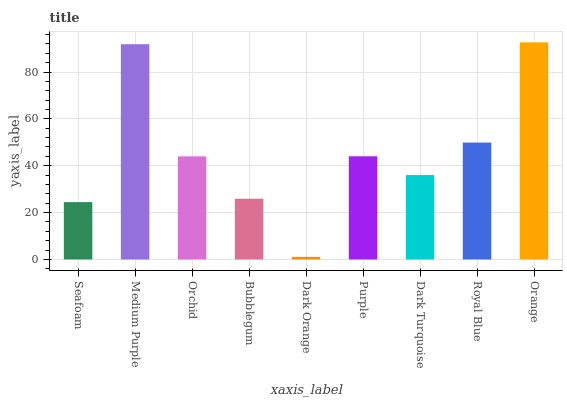
| xaxis_label | bars |
 | --- | --- |
 | Seafoam | 24.5 |
 | Medium Purple | 91.9 |
 | Orchid | 44 |
 | Bubblegum | 25.9 |
 | Dark Orange | 1.1 |
 | Purple | 44 |
 | Dark Turquoise | 36 |
 | Royal Blue | 49.9 |
 | Orange | 92.7 |